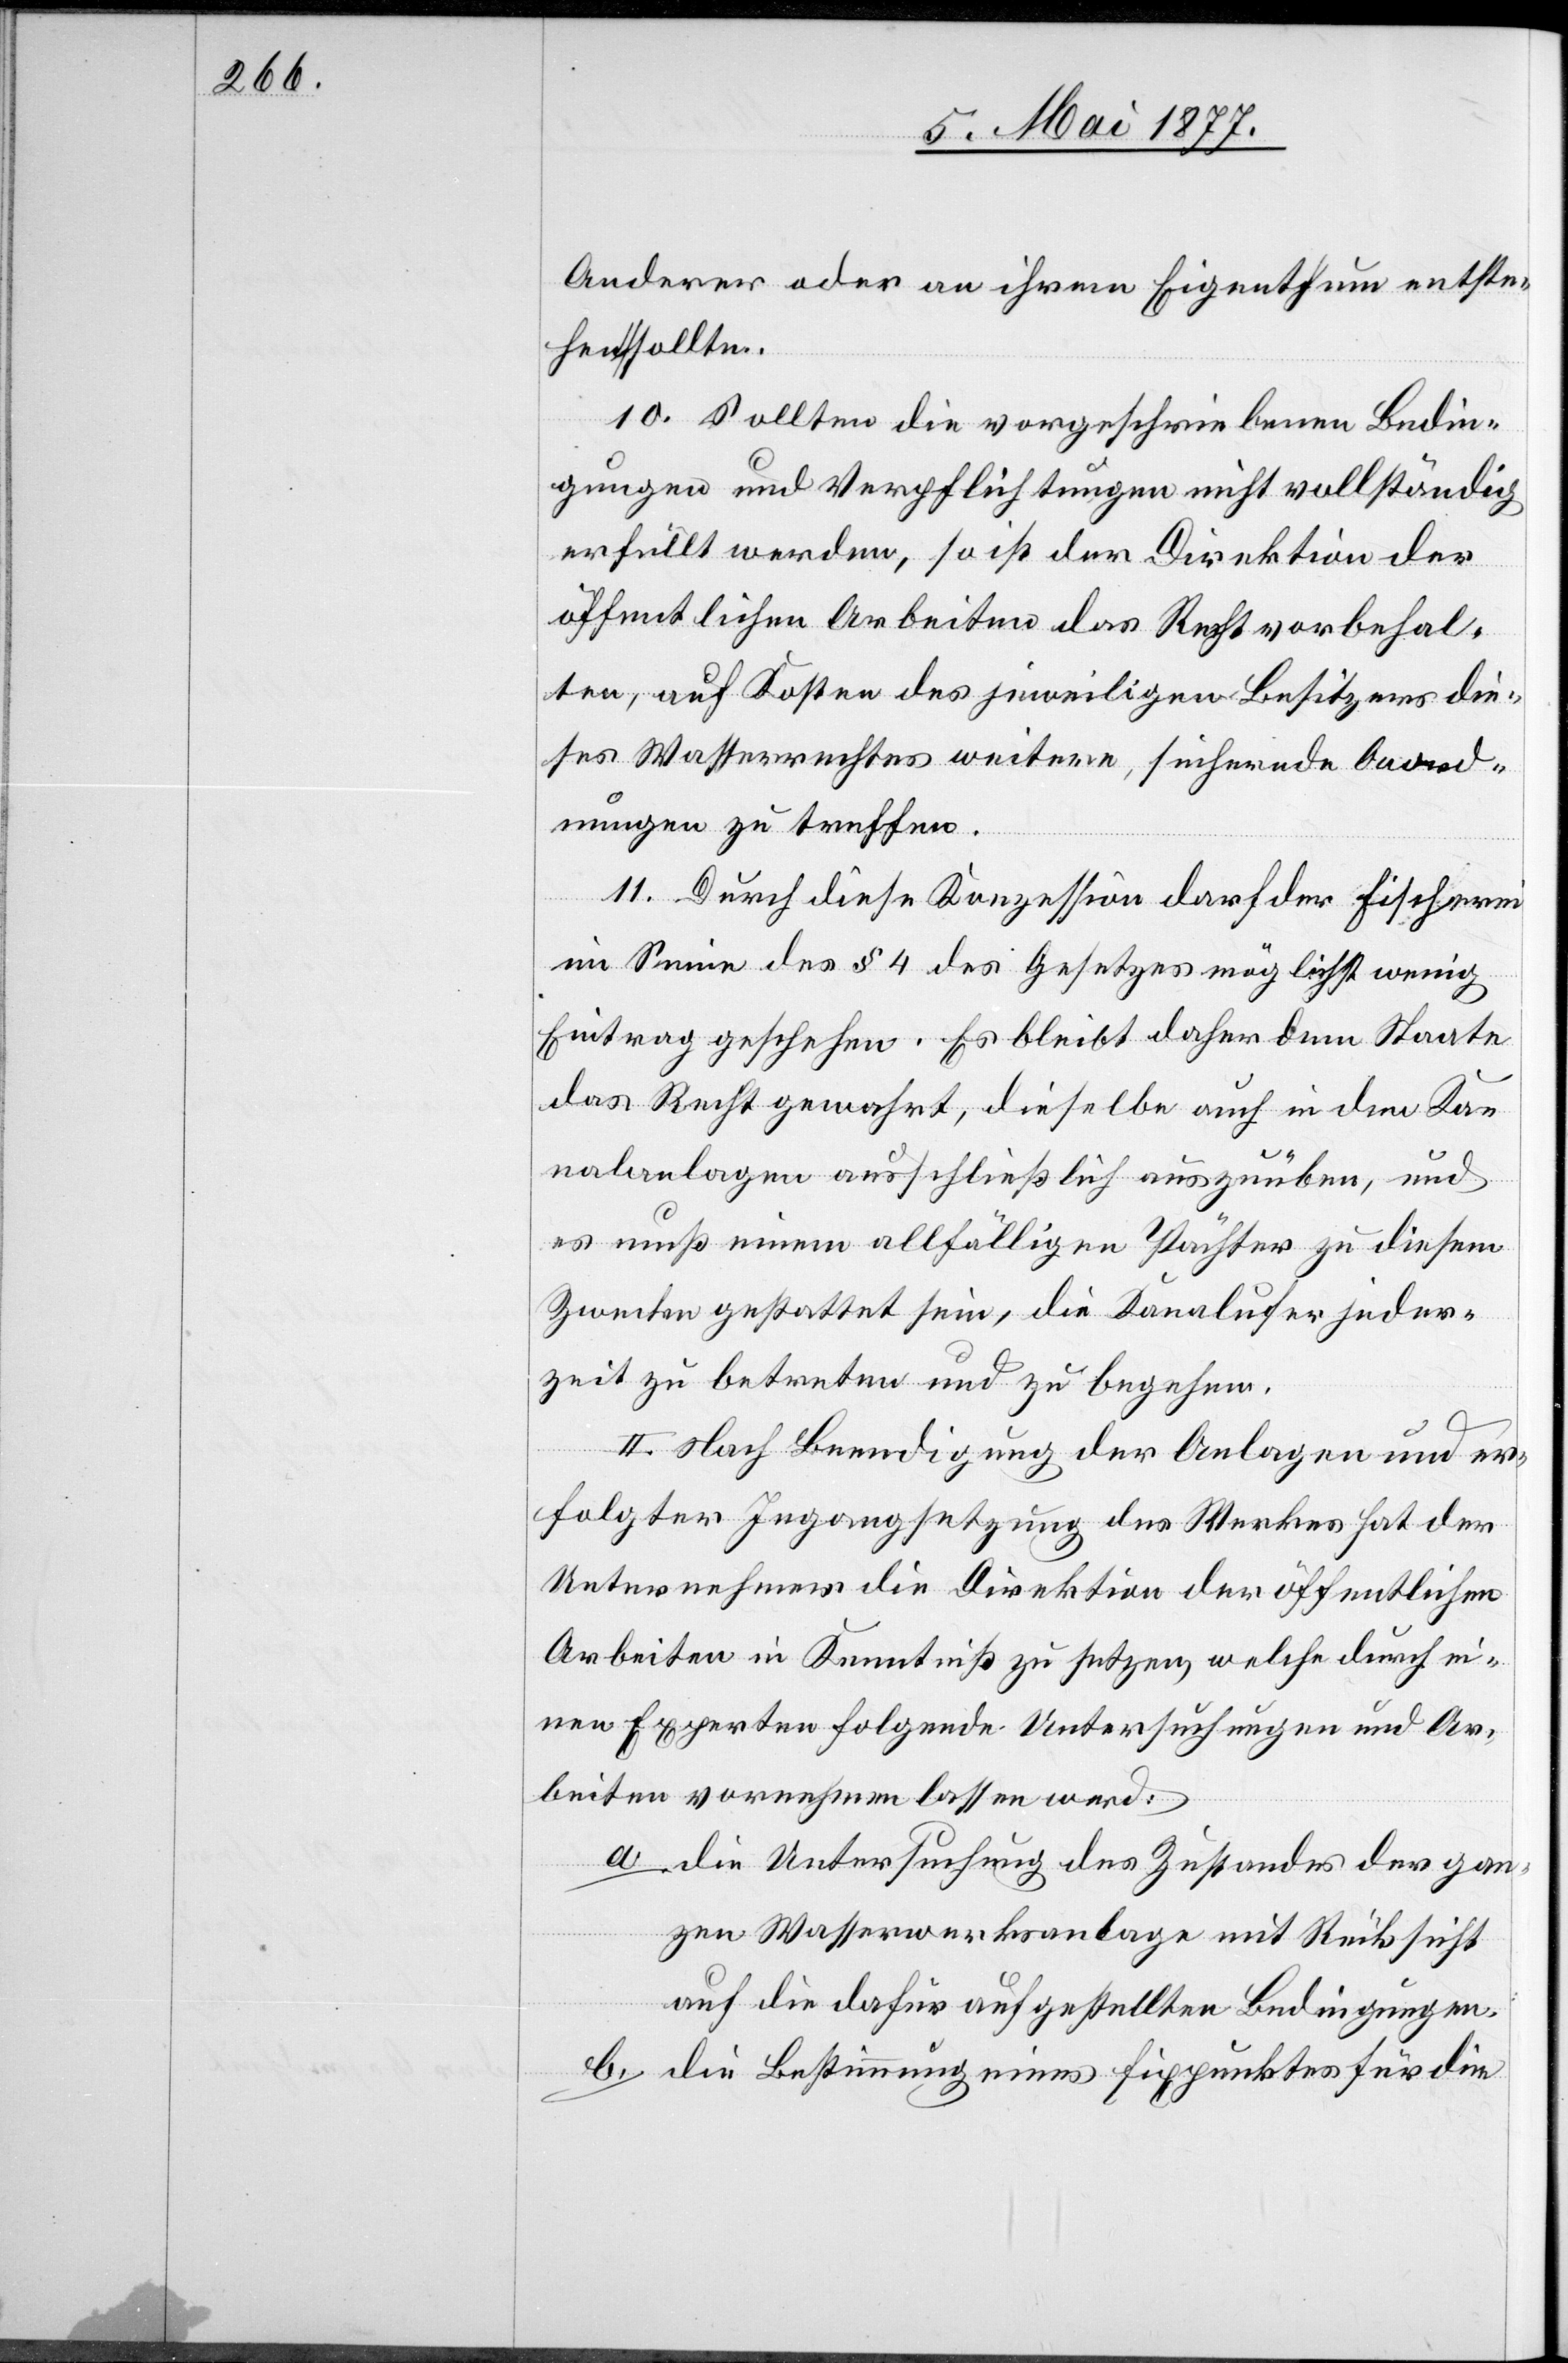
Anderer oder an ihrem Eigenthum entste¬
hen sollte.
10. Sollten die vorgeschriebenen Bedin¬
gungen und Verpflichtungen nicht vollständig
erfüllt werden, so ist der Direktion der
öffentlichen Arbeiten das Recht vorbehal¬
ten, auf Kosten des jeweiligen Besitzers die¬
ses Wasserrechtes weitere, sichernde Anord¬
nungen zu treffen.
11. Durch diese Konzession darf der Fischerei
im Sinne des § 4 des Gesetzes möglichst wenig
Eintrag geschehen. Es bleibt daher dem Staate
das Recht gewahrt, dieselbe auch in den Ka¬
nalanlagen ausschließlich auszuüben, und
es muß einem allfälligen Pächter zu diesem
Zwecke gestattet sein, die Kanalufer jeder¬
zeit zu betreten und zu begehen.
II. Nach Beendigung der Anlagen und er¬
folgter Ingangsetzung des Werkes hat der
Unternehmer die Direktion der öffentlichen
Arbeiten in Kenntniß zu setzen, welche durch ei¬
nen Experten folgende Untersuchungen und Ar¬
beiten vornehmen lassen werd
a. die Untersuchung des Zustandes der gan¬
zen Wasserwerksanlage mit Rücksicht
auf die dafür aufgestellten Bedingungen.
b. die Bestimmung eines Fixpunktes für die